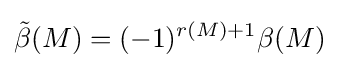
{\tilde {\beta }}(M)=(-1)^{r(M)+1}\beta (M)